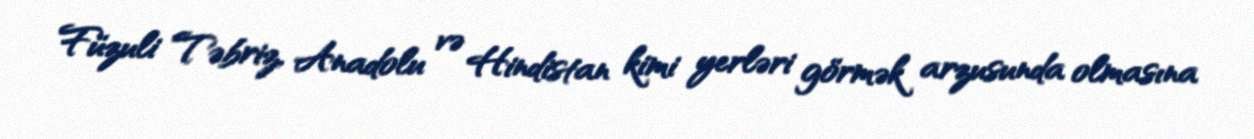
Füzuli Təbriz, Anadolu və Hindistan kimi yerləri görmək arzusunda olmasına